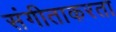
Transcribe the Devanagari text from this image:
संगीताकरता